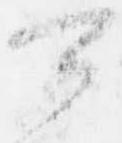
可